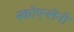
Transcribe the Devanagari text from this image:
स्कोएन्लेनी